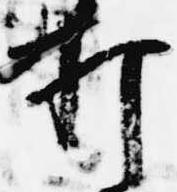
打